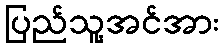
ပြည်သူ့အင်အား